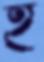
হ